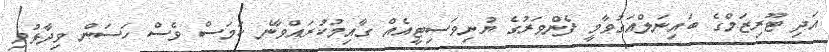
އަދި ޓޫރިޒަމްގެ ބައިނަލްއަގުވާމީ ފެންވަރުގެ ޔުނިވަސިޓީއެއް ގާއިމުކުރައްވާނެ ކަމަސް ވެސް ހަސަން ވިދާޅުވި